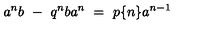
a ^ { n } b \ - \ q ^ { n } b a ^ { n } \ = \ p \{ n \} a ^ { n - 1 }